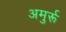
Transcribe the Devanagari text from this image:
अमुर्रू